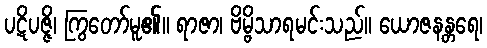
ပဋိပဇ္ဇိ၊ ကြွတော်မူ၏။ ရာဇာ၊ ဗိမ္ဗိသာရမင်းသည်။ ယောဇနန္တရေ၊